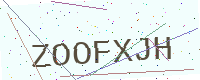
Text: ZOOFXJH